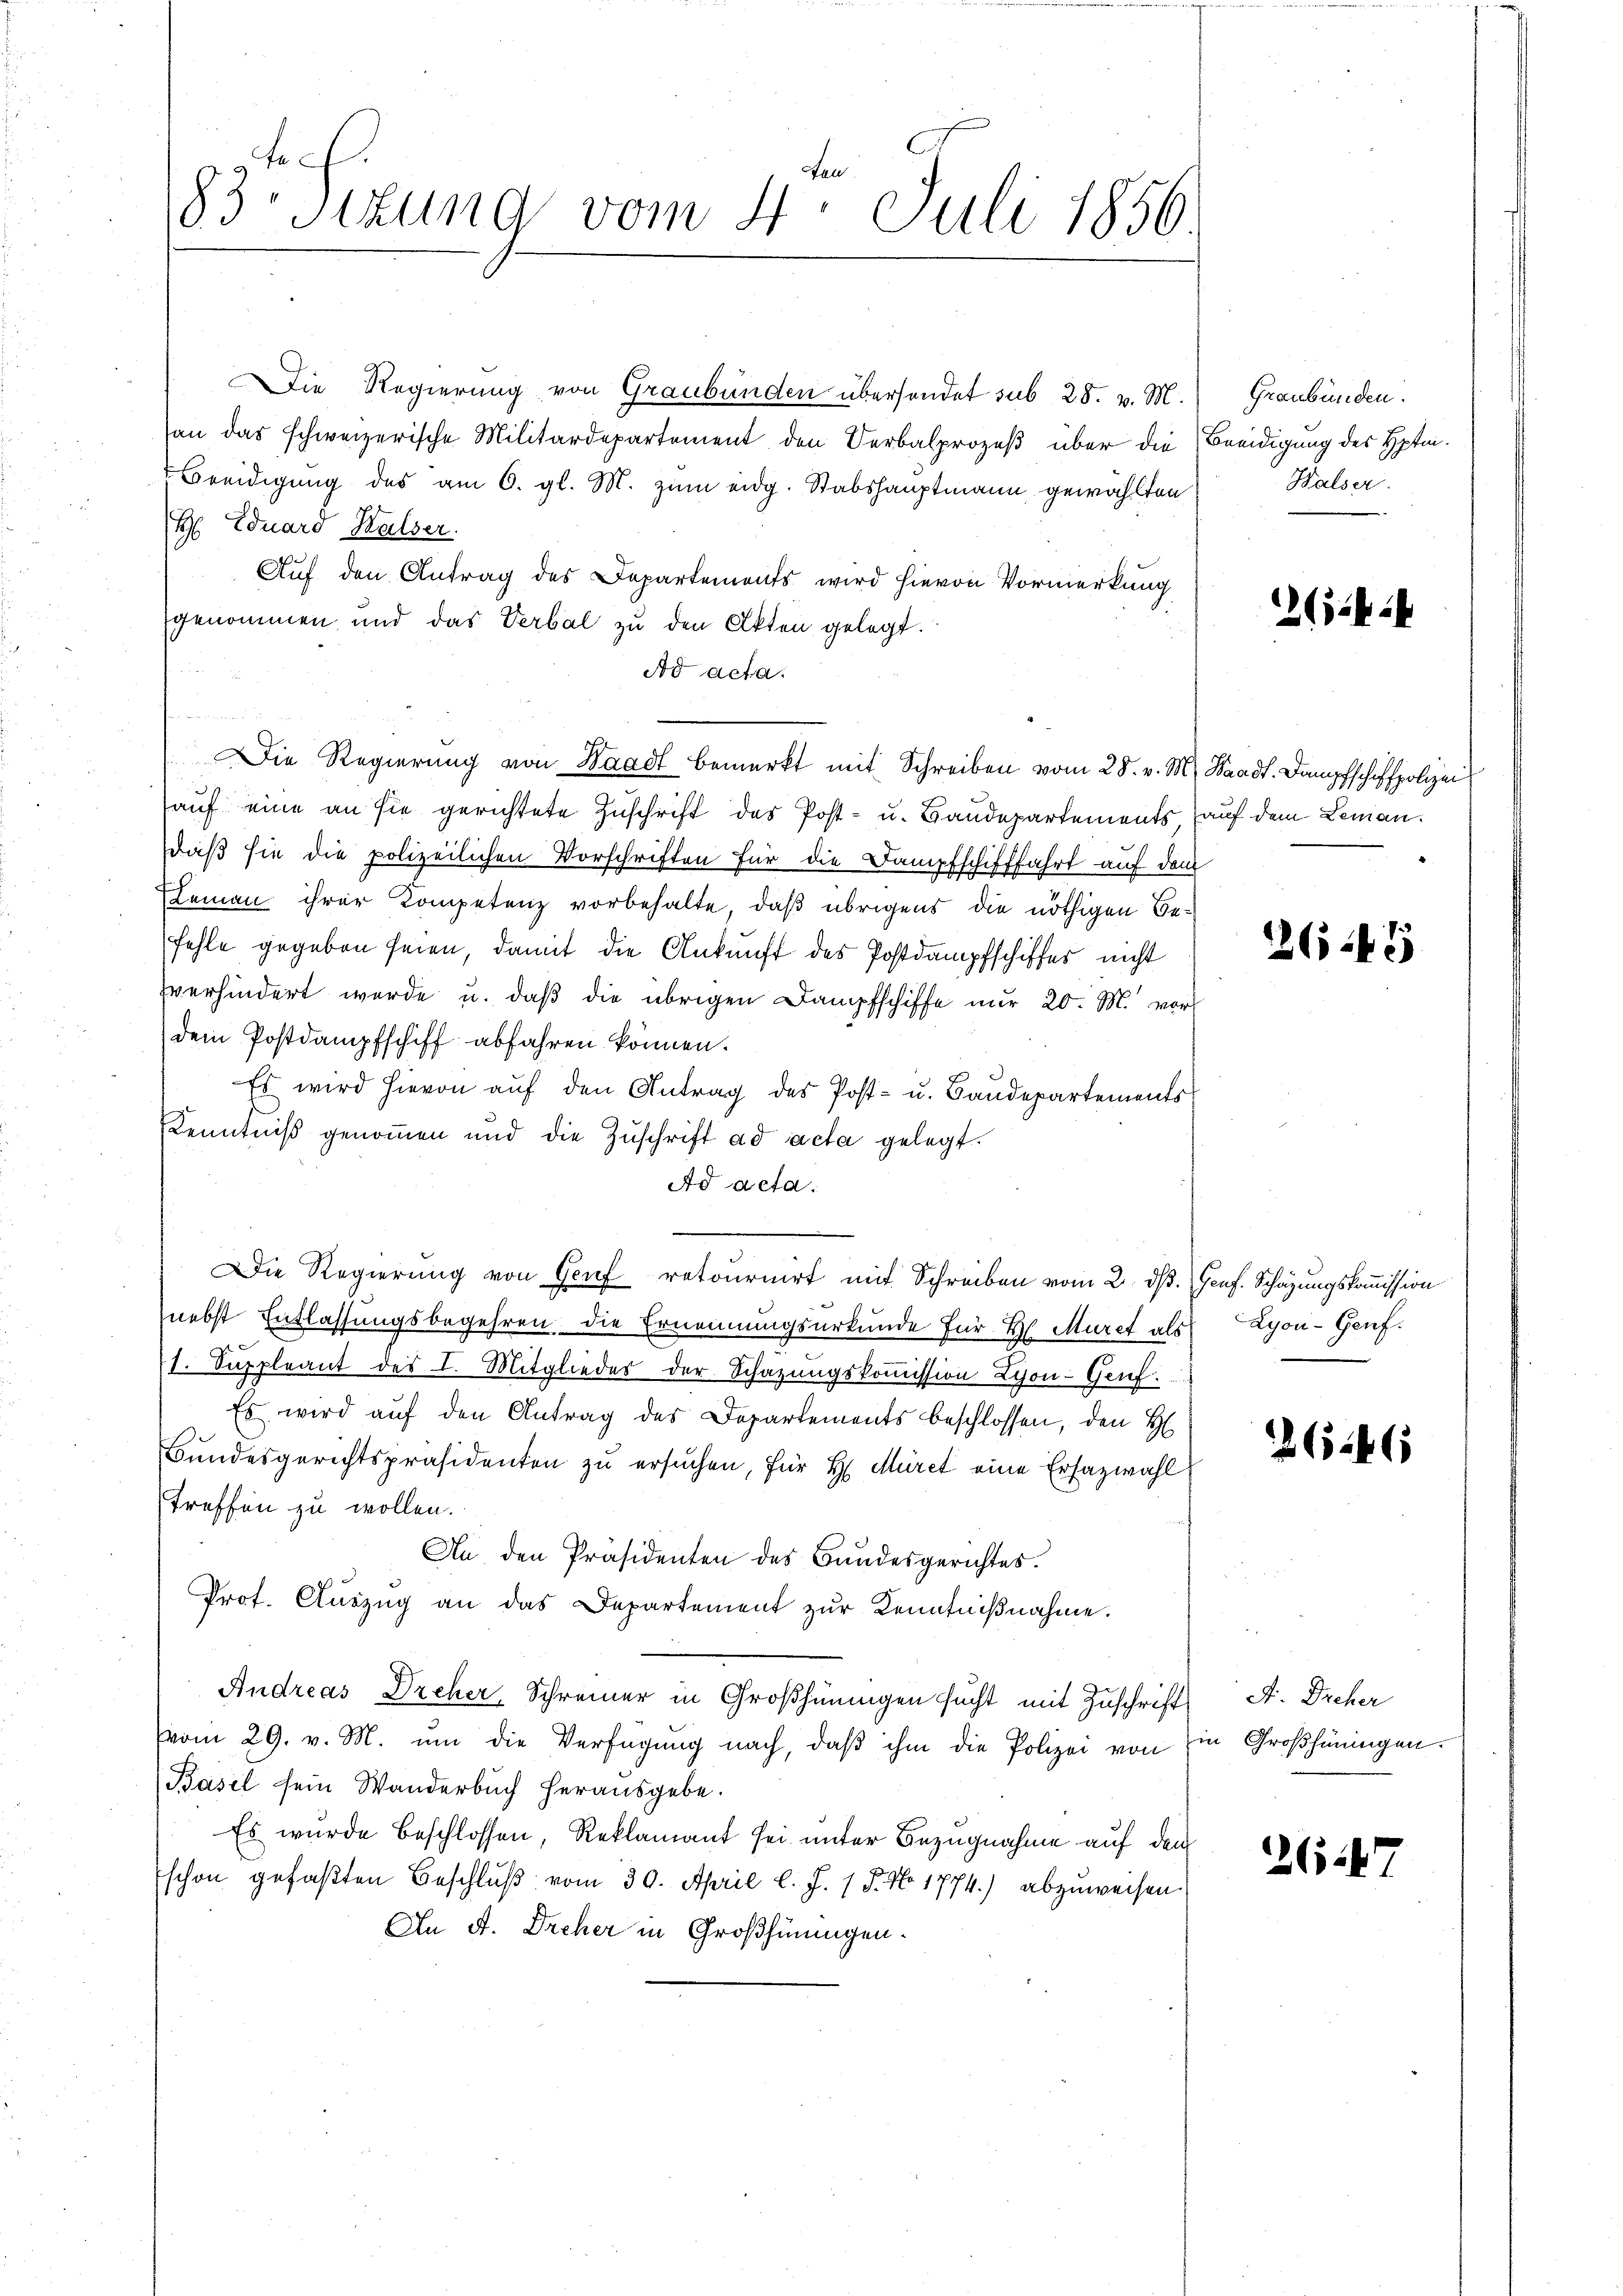
en
83 Sekung vom 4. Juli 1856.

Die Regierung von Graubünden übersendet sub 28. v. M.
an das schweizerische Militärdepartement den Verbalprozeß über die Beeidigung des Hpti¬
Breidigung des am 6. gl. M. zum eidg. Stabshauptmann gewählten
H Eduard Halser
Auf den Antrag des Departements wird hievon Vormerkung
genommen und das Verbal zu den Akten gelegt.
Ad acta.
u
auf eine an sie gerichtete Zuschrift des Post- u. Baudepartements, auf dem Lemandaß sie die polizeilichen Vorschriften für die Dampfschifffahrt auf dem
Leman ihrer Kompetenz vorbehalte, daß übrigens die nöthigen Befehle gegeben seien, damit die Ankunft des Postdampfschiffes nicht
verhindert werde u. daß die übrigen Dampfschiffe nur 20. M. vor
dem Postdampfschiff abfahren können.
Es wird hievon auf den Antrag des Post- u. Baudepartements
Kenntniß genommen und die Zŭschrift ad acta gelegt.
Ad acta.
Die Regierung von Genf retournirt mit Schreiben vom 2. ds. Genf. Schazungskommission
nebst Entlassungsbegehren die Ernennungsurkunde für H. Muret als Lyon - Genf.
(1. Suppleant des I. Mitgliedes der Schazungskoṁission Lyon- Genf.
Es wird auf den Antrag des Departements beschlossen, den H
Bŭndesgerichtspräsidenten zŭ ersŭchen, für H. Mürct eine Ersazwahl
treffen zu wollen.
An den Präsidenten des Bundesgerichtes.
Prof. Aŭszŭg an das Departement zŭr Kenntniβnahme.
Andreas Dreher, Schreiner in Großhinigen sucht mit Zuschrift
vom 29. v. M. um die Verfügung nach, daβ ihm die Polizei von Ein Großhüningen.
Basel sein Wanderbuch herausgebe.
Es wurde beschlossen, Reklamant sei unter Bezugnahme auf dem
schon gefaßten Beschlŭβ vom 30. April l. J. 1 P. No 1774.) abzuweisen
An A. Dreher in Großhinigen¬

Die Regierŭng von Waadt bemerkt mit Schreiben vom 28. v. M. Waadt. Dampfschiffpolizei

Graubünden.
Halser

2654 i

2645

265246

F. Dreher

2647